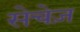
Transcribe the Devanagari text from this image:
सेचेज़